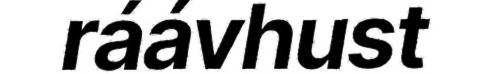
ráávhust